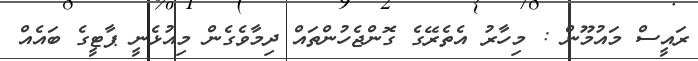
ރައީސް މައުމޫން : މިހާރު އެތެރޭގެ ގޮންޖެހުންތައް ދިމާވެގެން މިއުޅެނީ ޕާޓީގެ ބައެއް